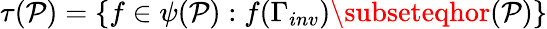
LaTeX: \tau(\mathcal{P})=\{ f\in\psi(\mathcal{P}):f(\Gamma_{inv})\subseteqhor(\mathcal{P})\}